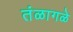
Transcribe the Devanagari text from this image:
तंळागळे